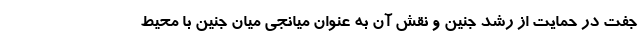
جفت در حمایت از رشد جنین و نقش آن به عنوان میانجی میان جنین با محیط